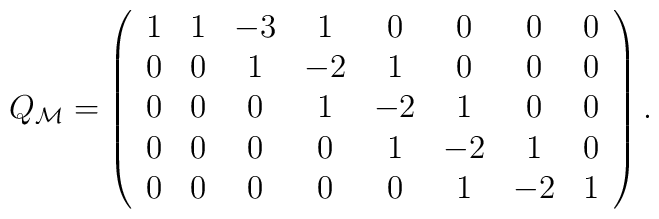
Q_{\cal M}=\left(\begin{array}{ccccccccc} 1& 1&-3& 1& 0& 0& 0& 0 \\ 0& 0& 1&-2& 1& 0& 0& 0 \\ 0& 0& 0& 1&-2& 1& 0& 0 \\ 0& 0& 0& 0& 1&-2& 1& 0 \\ 0& 0& 0& 0& 0& 1&-2& 1\end{array}\right).